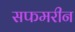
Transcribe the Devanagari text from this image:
सफमरीन